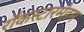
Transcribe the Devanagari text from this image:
रॉकस्टारमेहम